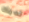
لديك